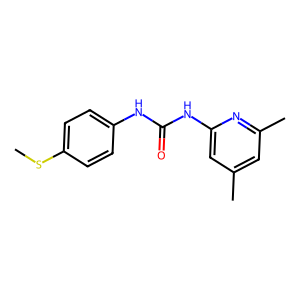
SMILES: CSc1ccc(NC(=O)Nc2cc(C)cc(C)n2)cc1
Inhibits HIV replication: No